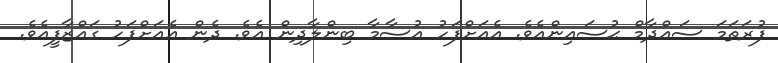
ފުރަތަމަ ސައްދާމް ޙުސައިންއެވެ. އެއަށްފަހު އުސާމާ ބިންލާދިން އެވެ. ދެން އެއަށްފަހު ގައްޒާފީއެވެ.